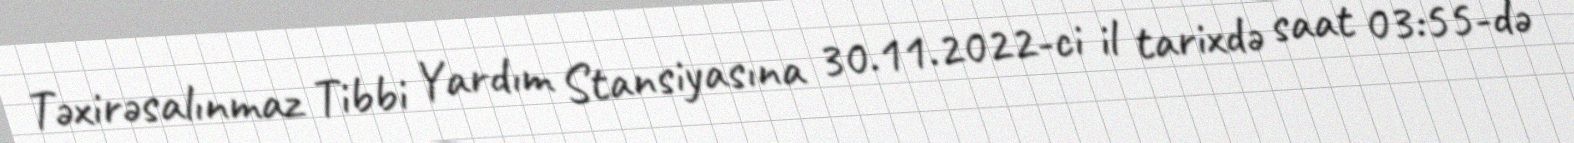
Təxirəsalınmaz Tibbi Yardım Stansiyasına 30.11.2022-ci il tarixdə saat 03:55-də